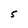
Character: 5